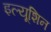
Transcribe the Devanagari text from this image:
इल्यूशिन